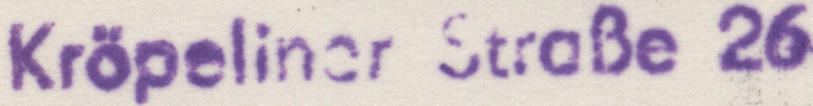
Kropeliner StraBe 26